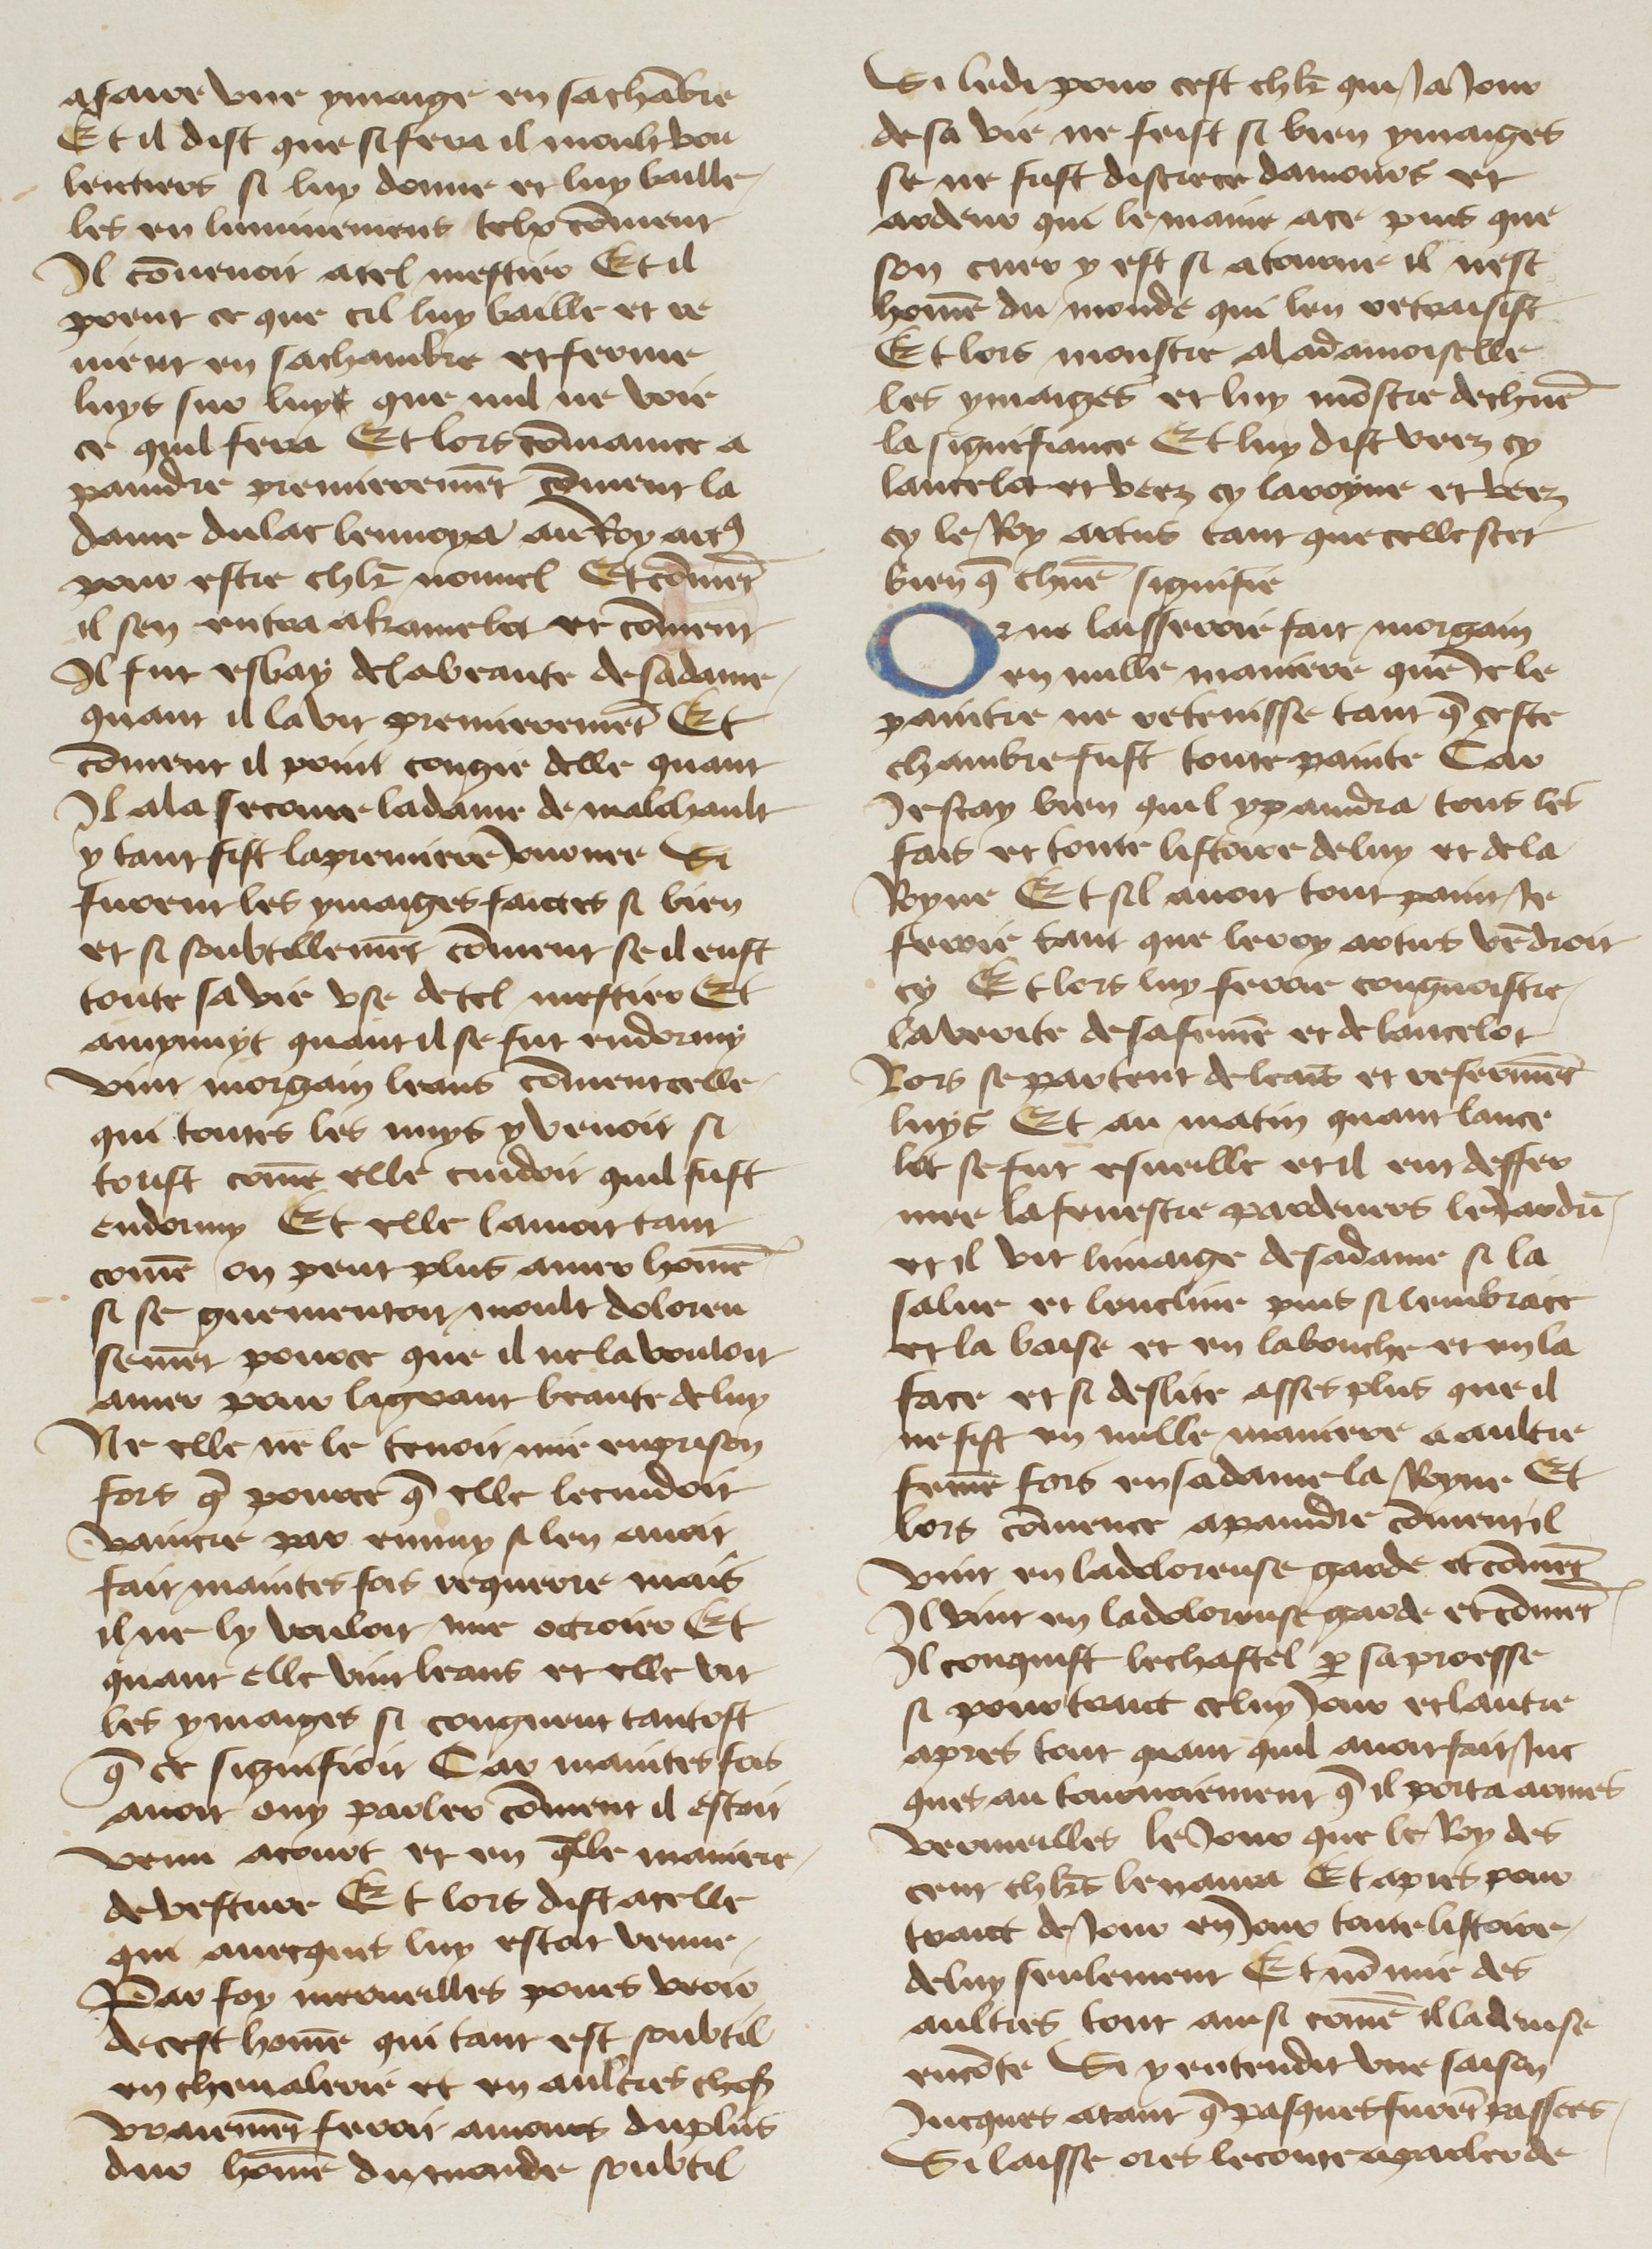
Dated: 1400–1499